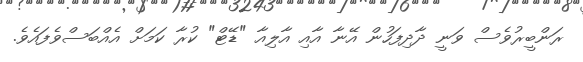
ރަންބީރުވެސް ވަނީ ދާދިފަހުން އޭނާ އާއި އާލިއާ "ޑޭޓް" ކުރާ ކަމަށް އެއްބަސްވެފައެވެ.